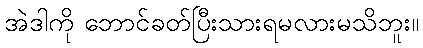
အဲဒါကို ဘောင်ခတ်ပြီးသားရမလားမသိဘူး။